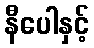
နီပေါနှင့်